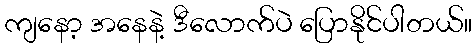
ကျနော့ အနေနဲ့ ဒီလောက်ပဲ ပြောနိုင်ပါတယ်။